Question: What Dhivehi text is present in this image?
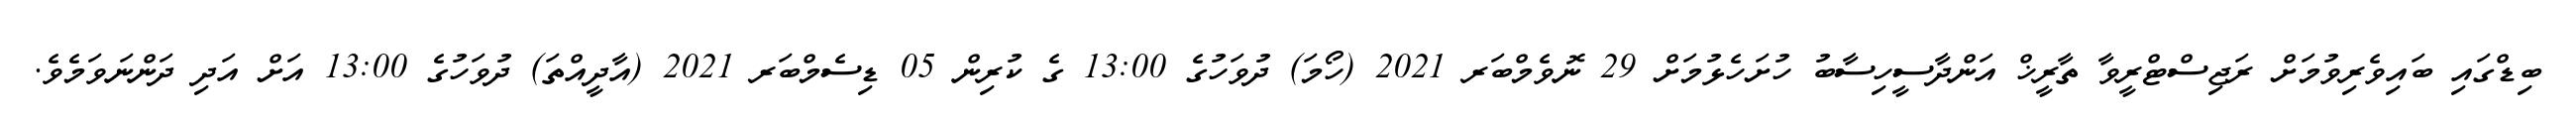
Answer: ބިޑްގައި ބައިވެރިވުމަށް ރަޖިސްޓްރީވާ ތާރީޚް އަންދާސީހިސާބު ހުށަހެޅުމަށް 29 ނޮވެމްބަރ 2021 (ހޯމަ) ދުވަހުގެ 13:00 ގެ ކުރިން 05 ޑިސެމްބަރ 2021 (އާދީއްތަ) ދުވަހުގެ 13:00 އަށް އަދި ދަންނަވަމެވެ.